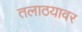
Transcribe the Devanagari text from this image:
तलाठयावर